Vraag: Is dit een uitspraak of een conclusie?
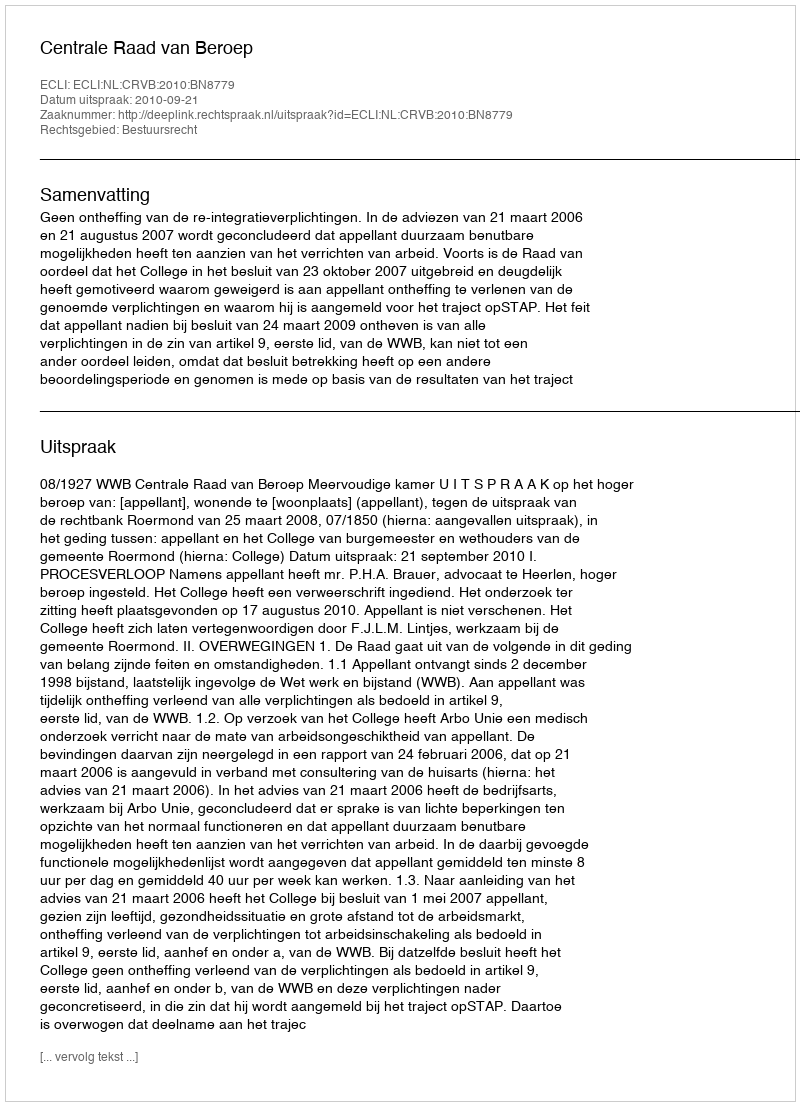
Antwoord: Uitspraak